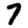
Digit: 7